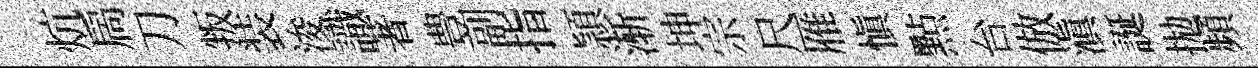
炕扄刀叛装浚識著豊副指頴渐坤宗尺雁慎㸃台倣滇誕拋頻